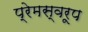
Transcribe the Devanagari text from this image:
प्रेमस्वरूप